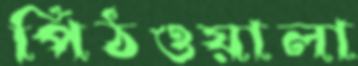
পিঠওয়ালা